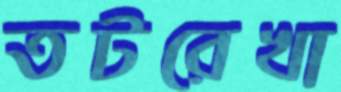
তটরেখা